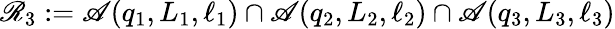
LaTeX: \mathscr{R}_{3}:=\mathscr{A}\! \left(q_{1},L_{1},\ell_{1}\right)\cap\mathscr{A}\! \left(q_{2},L_{2},\ell_{2}\right)\cap\mathscr{A}\! \left(q_{3},L_{3},\ell_{3}\right)